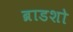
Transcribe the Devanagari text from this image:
ब्राडशो